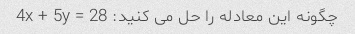
چگونه این معادله را حل می کنید: 4x + 5y = 28